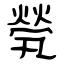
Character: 煢